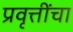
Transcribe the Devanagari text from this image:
प्रवृत्तींचा